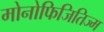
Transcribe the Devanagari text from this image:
मोनोफिजितिज्म